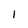
Character: 1